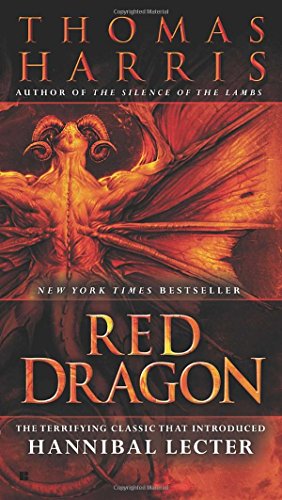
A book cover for Red Dragon; Thomas Harris; Mystery, Thriller & Suspense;